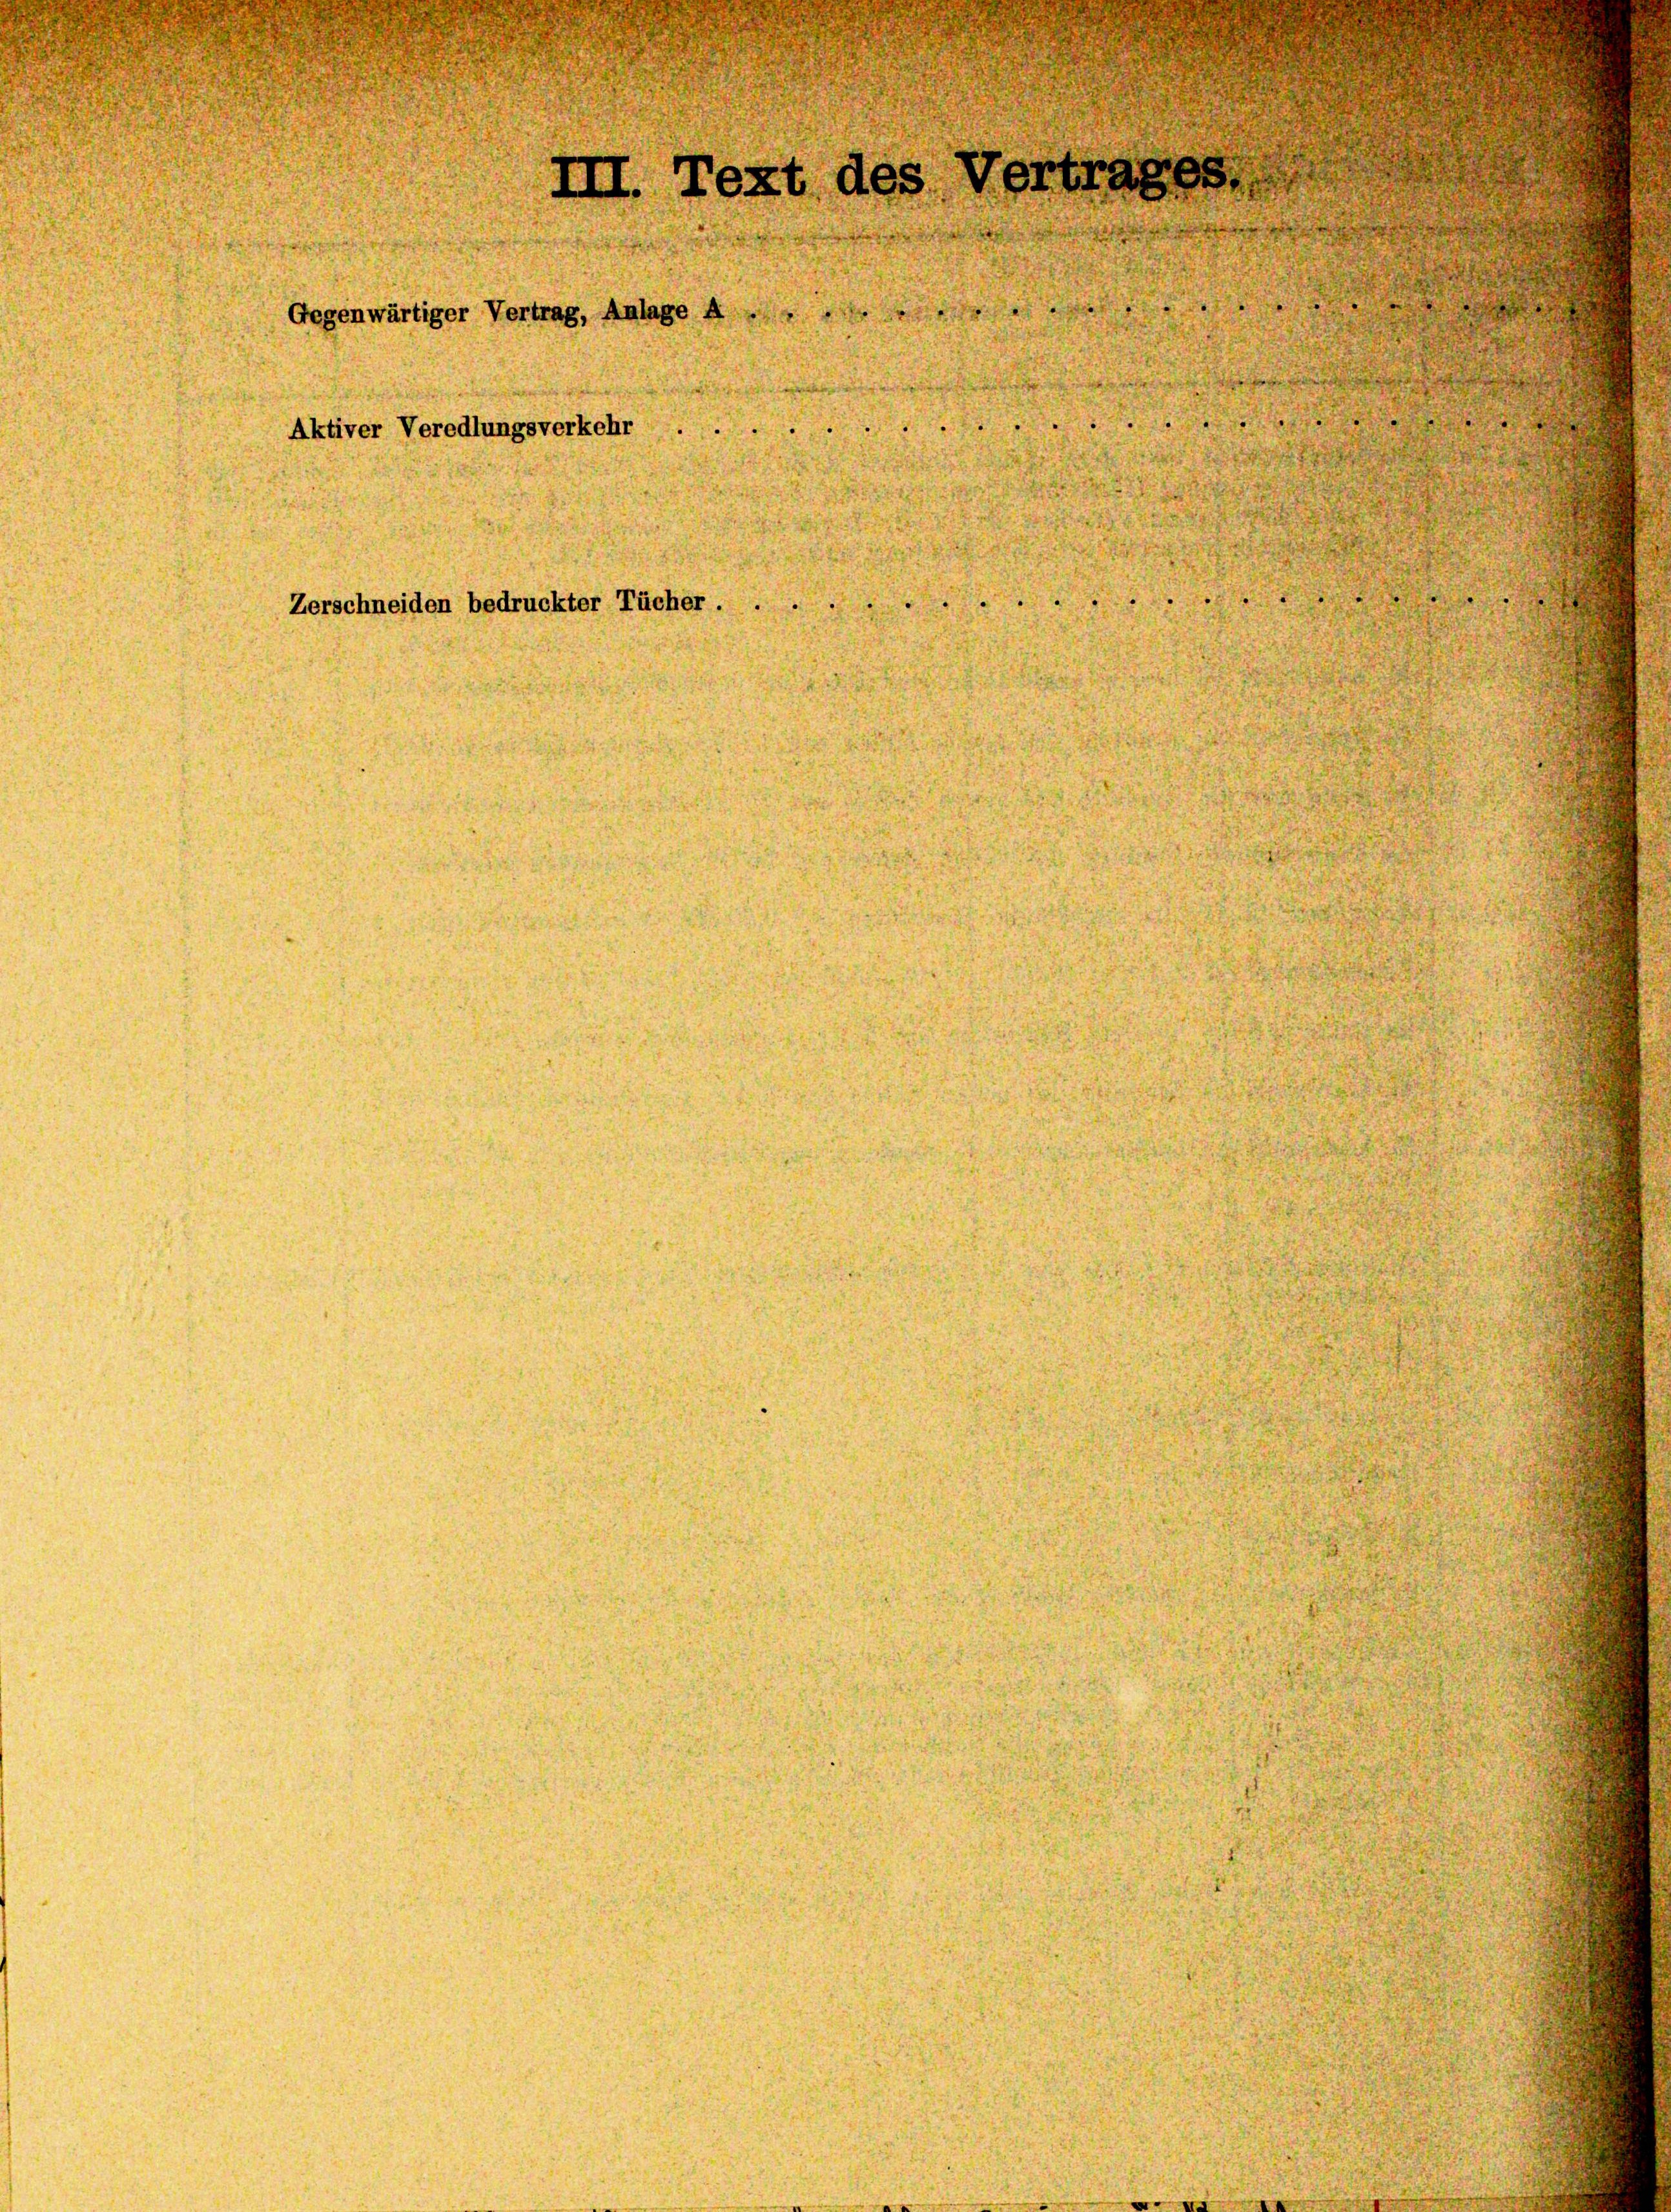
Vertra
II. Text des
Aktiver Veredlungsverkehr ...
Zerschneiden bedruckter Tücher . .

Gegenwärtiger Vertrag, Anlage A